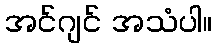
အင်ဂျင် အသံပါ။